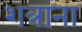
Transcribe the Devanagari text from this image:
शत्राना